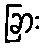
ခြား